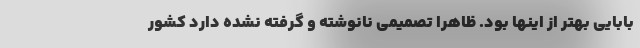
بابایی بهتر از اینها بود. ظاهرا تصمیمی نانوشته و گرفته نشده دارد کشور